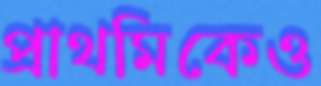
প্রাথমিকেও